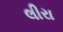
લીરા